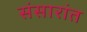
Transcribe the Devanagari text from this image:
संसारांत